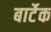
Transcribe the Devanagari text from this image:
बार्टेक